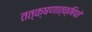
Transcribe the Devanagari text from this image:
तत्क्षणात्क्षिपते